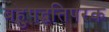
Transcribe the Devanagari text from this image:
बहुपद्धतिपरक